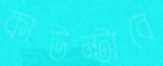
কাউন্টারে